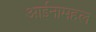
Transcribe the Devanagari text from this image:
आईनामहल